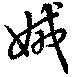
娀